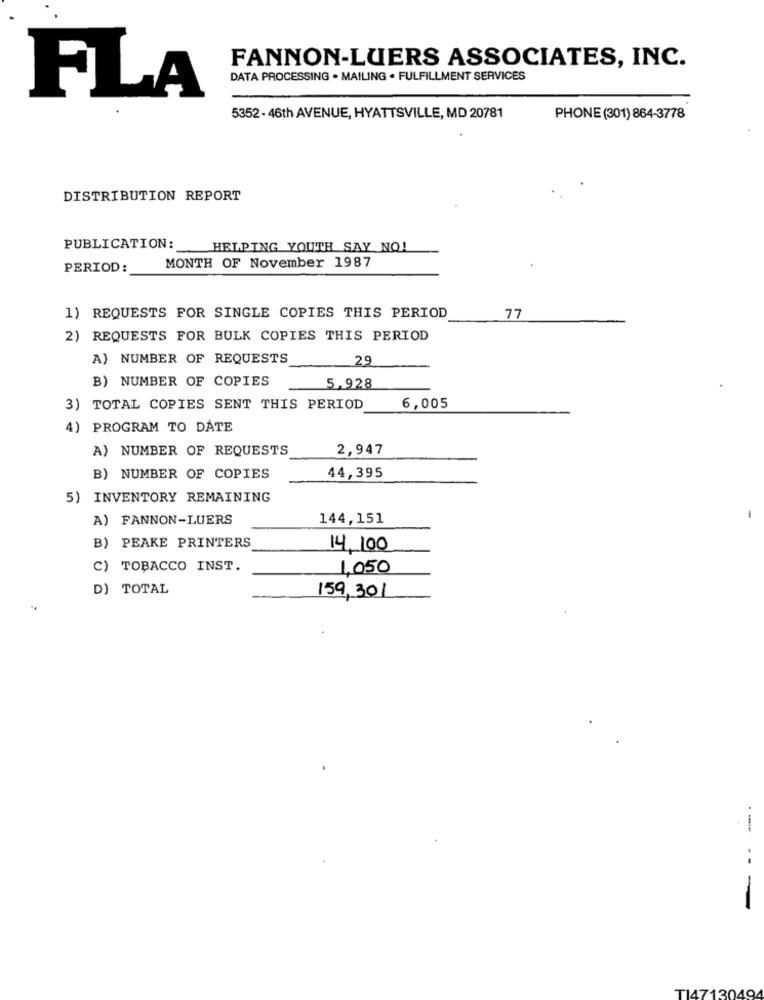
FANNON-LUERS ASSOCIATES, INC.
DATA PROCESSING . MAILING . FULFILLMENT SERVICES
FLA
5352 - 46th AVENUE, HYATTSVILLE, MD 20781
PHONE (301) 864-3778
DISTRIBUTION REPORT
PUBLICATION:
HELPING YOUTH SAY NO!
PERIOD:
MONTH OF November 1987
1) REQUESTS FOR SINGLE COPIES THIS PERIOD
77
2) REQUESTS FOR BULK COPIES THIS PERIOD
A) NUMBER OF REQUESTS
29
B) NUMBER OF COPIES
5.928
6,005
3) TOTAL COPIES SENT THIS PERIOD
4) PROGRAM TO DATE
A) NUMBER OF REQUESTS
2,947
B) NUMBER OF COPIES
44,395
5) INVENTORY REMAINING
A) FANNON-LUERS
144,151
B) PEAKE PRINTERS
14, 100
C) TOBACCO INST.
1,050
D) TOTAL
159, 301
..
-
-
TI47130494